Plague in India, 1896, 1897 - Volume 4
Year: 1896
Disease focus: Plague
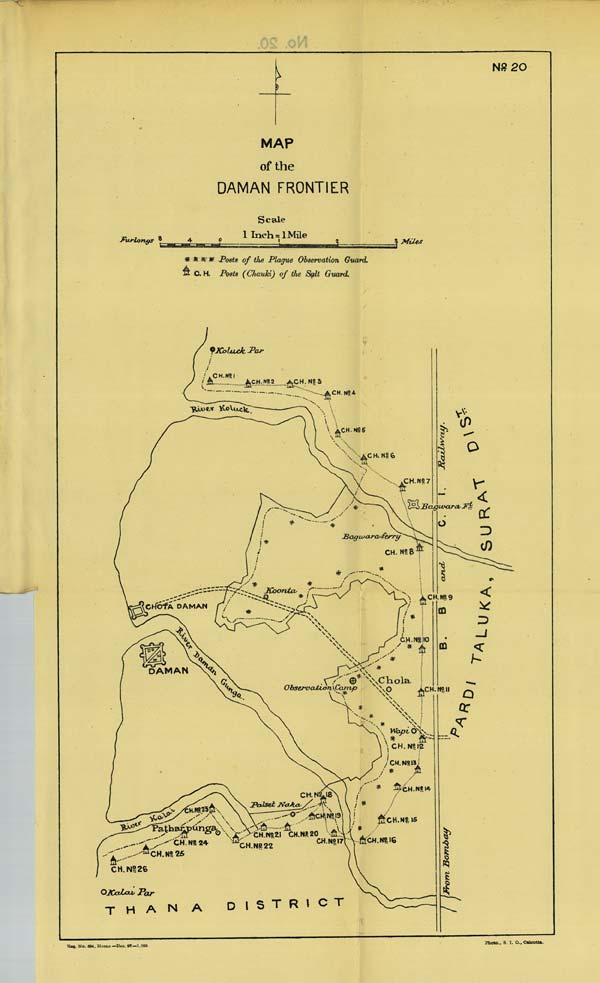
No: 20
MAP
of the
DAMAN FRONTIER
Reg. No. 594, Home —Dec. 97.—1,000.
Photo., S. I. O., Calcutta.